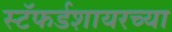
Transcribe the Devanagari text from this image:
स्टॅफर्डशायरच्या